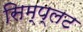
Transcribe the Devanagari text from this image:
सिम्प्लट